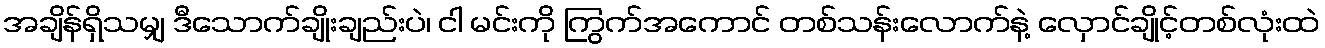
အချိန်ရှိသမျှ ဒီသောက်ချိုးချည်းပဲ၊ ငါ မင်းကို ကြွက်အကောင် တစ်သန်းလောက်နဲ့ လှောင်ချိုင့်တစ်လုံးထဲ